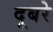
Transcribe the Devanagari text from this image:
दूबरे